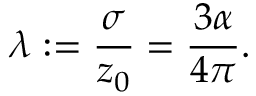
\lambda : = { \frac { \sigma } { z _ { 0 } } } = { \frac { 3 \alpha } { 4 \pi } } .